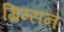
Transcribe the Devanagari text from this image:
ग्रिम्सन